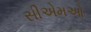
સીએમઓ